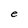
Character: e